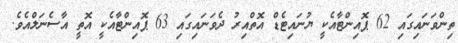
ތިންވަނައިގައި 62 ޕޮއިންޓާއެކީ ޔުނައިޓެޑް އޮތްއިރު ދެވަނައިގައި 63 ޕޮއިންޓާއެކީ އޮތީ އާސެނަލްއެވެ.